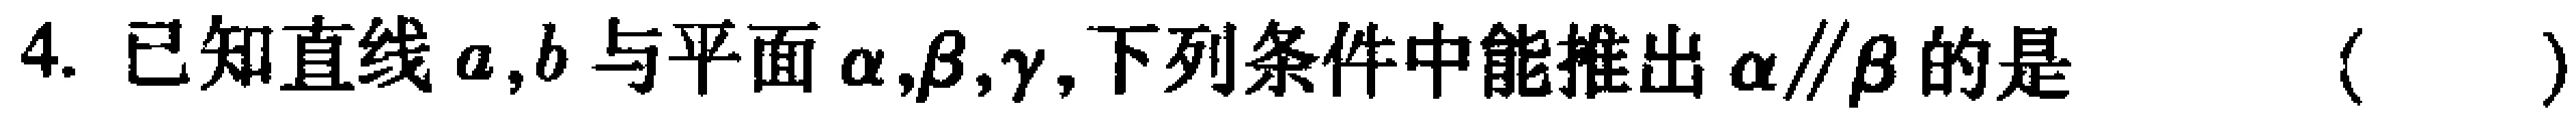
4. 已知直线\(a,b\)与平面\(\alpha,\beta,\gamma\),下列条件中能推出\(\alpha\parallel\beta\)的是 （  ）